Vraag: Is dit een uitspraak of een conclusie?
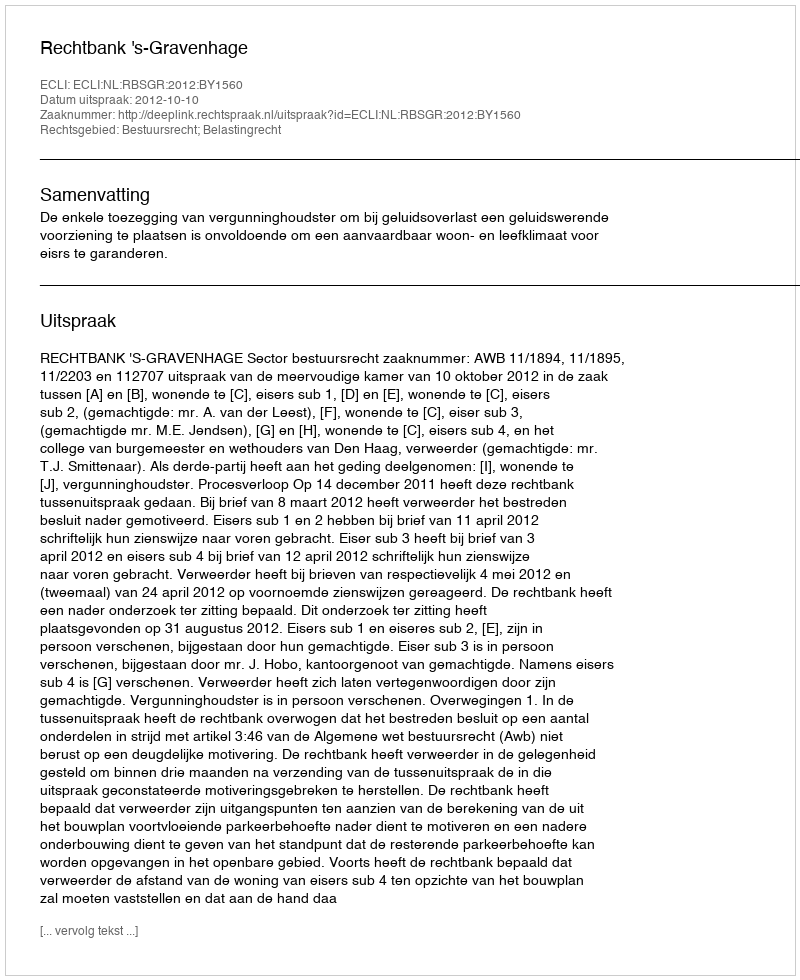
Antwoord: Uitspraak